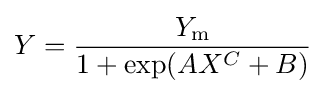
Y={\frac {Y_{\rm {m}}}{1+\exp(AX^{C}+B)}}